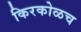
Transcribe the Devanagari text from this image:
किरकोळच